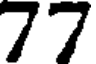
77